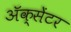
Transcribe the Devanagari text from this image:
ॲक्सेंटर